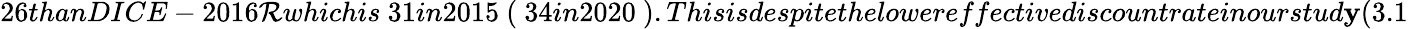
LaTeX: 26thanDICE-2016\mathcal{R}whichis\ 31in2015\ (\ 34in2020\ ).Thisisdespitethelowereffectivediscountrateinourstud\mathbf{y}(3.1